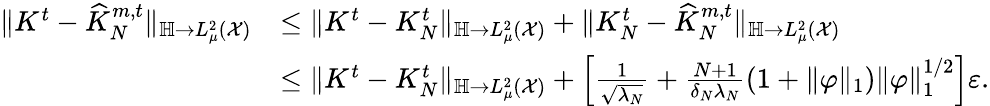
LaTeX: \begin{array}{rl}{\| K^{t}-\widehat K_{N}^{m,t}\| _{\mathbb H\to L_{\mu}^{2}(\mathcal X)}}&{\le\| K^{t}-K_{N}^{t}\| _{\mathbb H\to L_{\mu}^{2}(\mathcal X)}+\| K_{N}^{t}-\widehat K_{N}^{m,t}\| _{\mathbb H\to L_{\mu}^{2}(\mathcal X)}}\\ &{\le\| K^{t}-K_{N}^{t}\| _{\mathbb H\to L_{\mu}^{2}(\mathcal X)}+\left[\frac 1{\sqrt{\lambda_{N}}}+\frac{N+1}{\delta_{N}\lambda_{N}}(1+\| \varphi\| _{1})\| \varphi\| _{1}^{1/2}\right]\varepsilon.}\end{array}